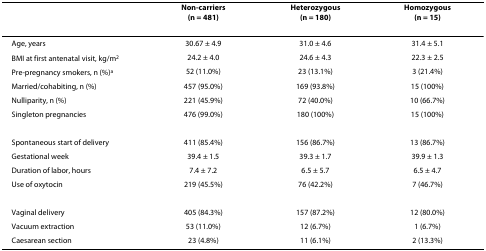
<table><thead><tr><td></td><td><b>Non-carriers(n = 481)</b></td><td><b>Heterozygous(n = 180)</b></td><td><b>Homozygous(n = 15)</b></td></tr></thead><tbody><tr><td>Age, years</td><td>30.67 ± 4.9</td><td>31.0 ± 4.6</td><td>31.4 ± 5.1</td></tr><tr><td>BMI at first antenatal visit, kg/m<sup>2</sup></td><td>24.2 ± 4.0</td><td>24.6 ± 4.3</td><td>22.3 ± 2.5</td></tr><tr><td>Pre-pregnancy smokers, n (%)<sup>a</sup></td><td>52 (11.0%)</td><td>23 (13.1%)</td><td>3 (21.4%)</td></tr><tr><td>Married/cohabiting, n (%)</td><td>457 (95.0%)</td><td>169 (93.8%)</td><td>15 (100%)</td></tr><tr><td>Nulliparity, n (%)</td><td>221 (45.9%)</td><td>72 (40.0%)</td><td>10 (66.7%)</td></tr><tr><td>Singleton pregnancies</td><td>476 (99.0%)</td><td>180 (100%)</td><td>15 (100%)</td></tr><tr><td>Spontaneous start of delivery</td><td>411 (85.4%)</td><td>156 (86.7%)</td><td>13 (86.7%)</td></tr><tr><td>Gestational week</td><td>39.4 ± 1.5</td><td>39.3 ± 1.7</td><td>39.9 ± 1.3</td></tr><tr><td>Duration of labor, hours</td><td>7.4 ± 7.2</td><td>6.5 ± 5.7</td><td>6.5 ± 4.7</td></tr><tr><td>Use of oxytocin</td><td>219 (45.5%)</td><td>76 (42.2%)</td><td>7 (46.7%)</td></tr><tr><td>Vaginal delivery</td><td>405 (84.3%)</td><td>157 (87.2%)</td><td>12 (80.0%)</td></tr><tr><td>Vacuum extraction</td><td>53 (11.0%)</td><td>12 (6.7%)</td><td>1 (6.7%)</td></tr><tr><td>Caesarean section</td><td>23 (4.8%)</td><td>11 (6.1%)</td><td>2 (13.3%)</td></tr></tbody></table>